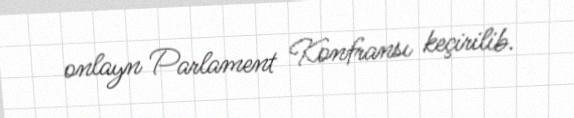
onlayn Parlament Konfransı keçirilib.